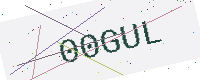
Text: 00GUL